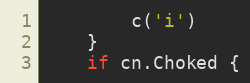
Language: Go
		c('i')
	}
	if cn.Choked {